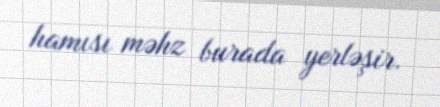
hamısı məhz burada yerləşir.